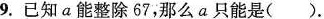
9.已知a能整除67，那么a只能是()。